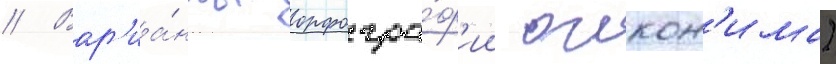
// Вар'иа́нты орфогра́ф'ии оикон'има)